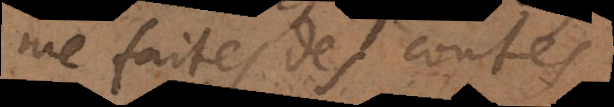
me faites des contes